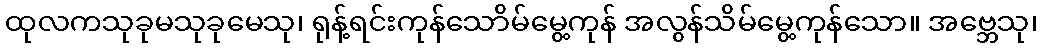
ထုလကသုခုမသုခုမေသု၊ ရုန့်ရင်းကုန်သောိမ်မွေ့ကုန် အလွန်သိမ်မွေ့ကုန်သော။ အဗ္ဘေသု၊